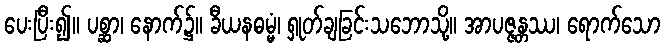
ပေးပြီး၍။ ပစ္ဆာ၊ နောက်၌။ ခီယနဓမ္မံ၊ ရှုတ်ချခြင်းသဘောသို့။ အာပဇ္ဇန္တဿ၊ ရောက်သော